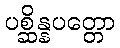
ပစ္ဆိန္နပတ္တော